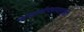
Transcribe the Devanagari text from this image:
काळजीपरस्परांची